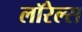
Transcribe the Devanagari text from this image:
लॉरेल्स